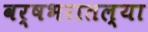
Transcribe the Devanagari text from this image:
वर्षभरातल्या